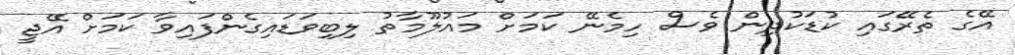
އޭގެ ތެރޭގައި ކުޑަކުދިން ވެސް ހިމެނޭ ކަމަށް މައުލޫމާތު ލިބިވަޑައިގެންފައިވާ ކަމަށް އޭޖީ